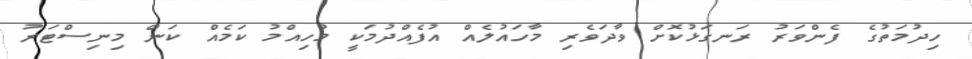
ހިދުމަތުގެ ފެންވަރު ރަނގަޅުކޮށް ވާދަވެރި މާހައުލެއް އުފެއްދުމަކީ މުހިއްމު ކަމެއް ކަން މިނިސްޓަރު